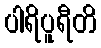
ပါရိပူရီတိ